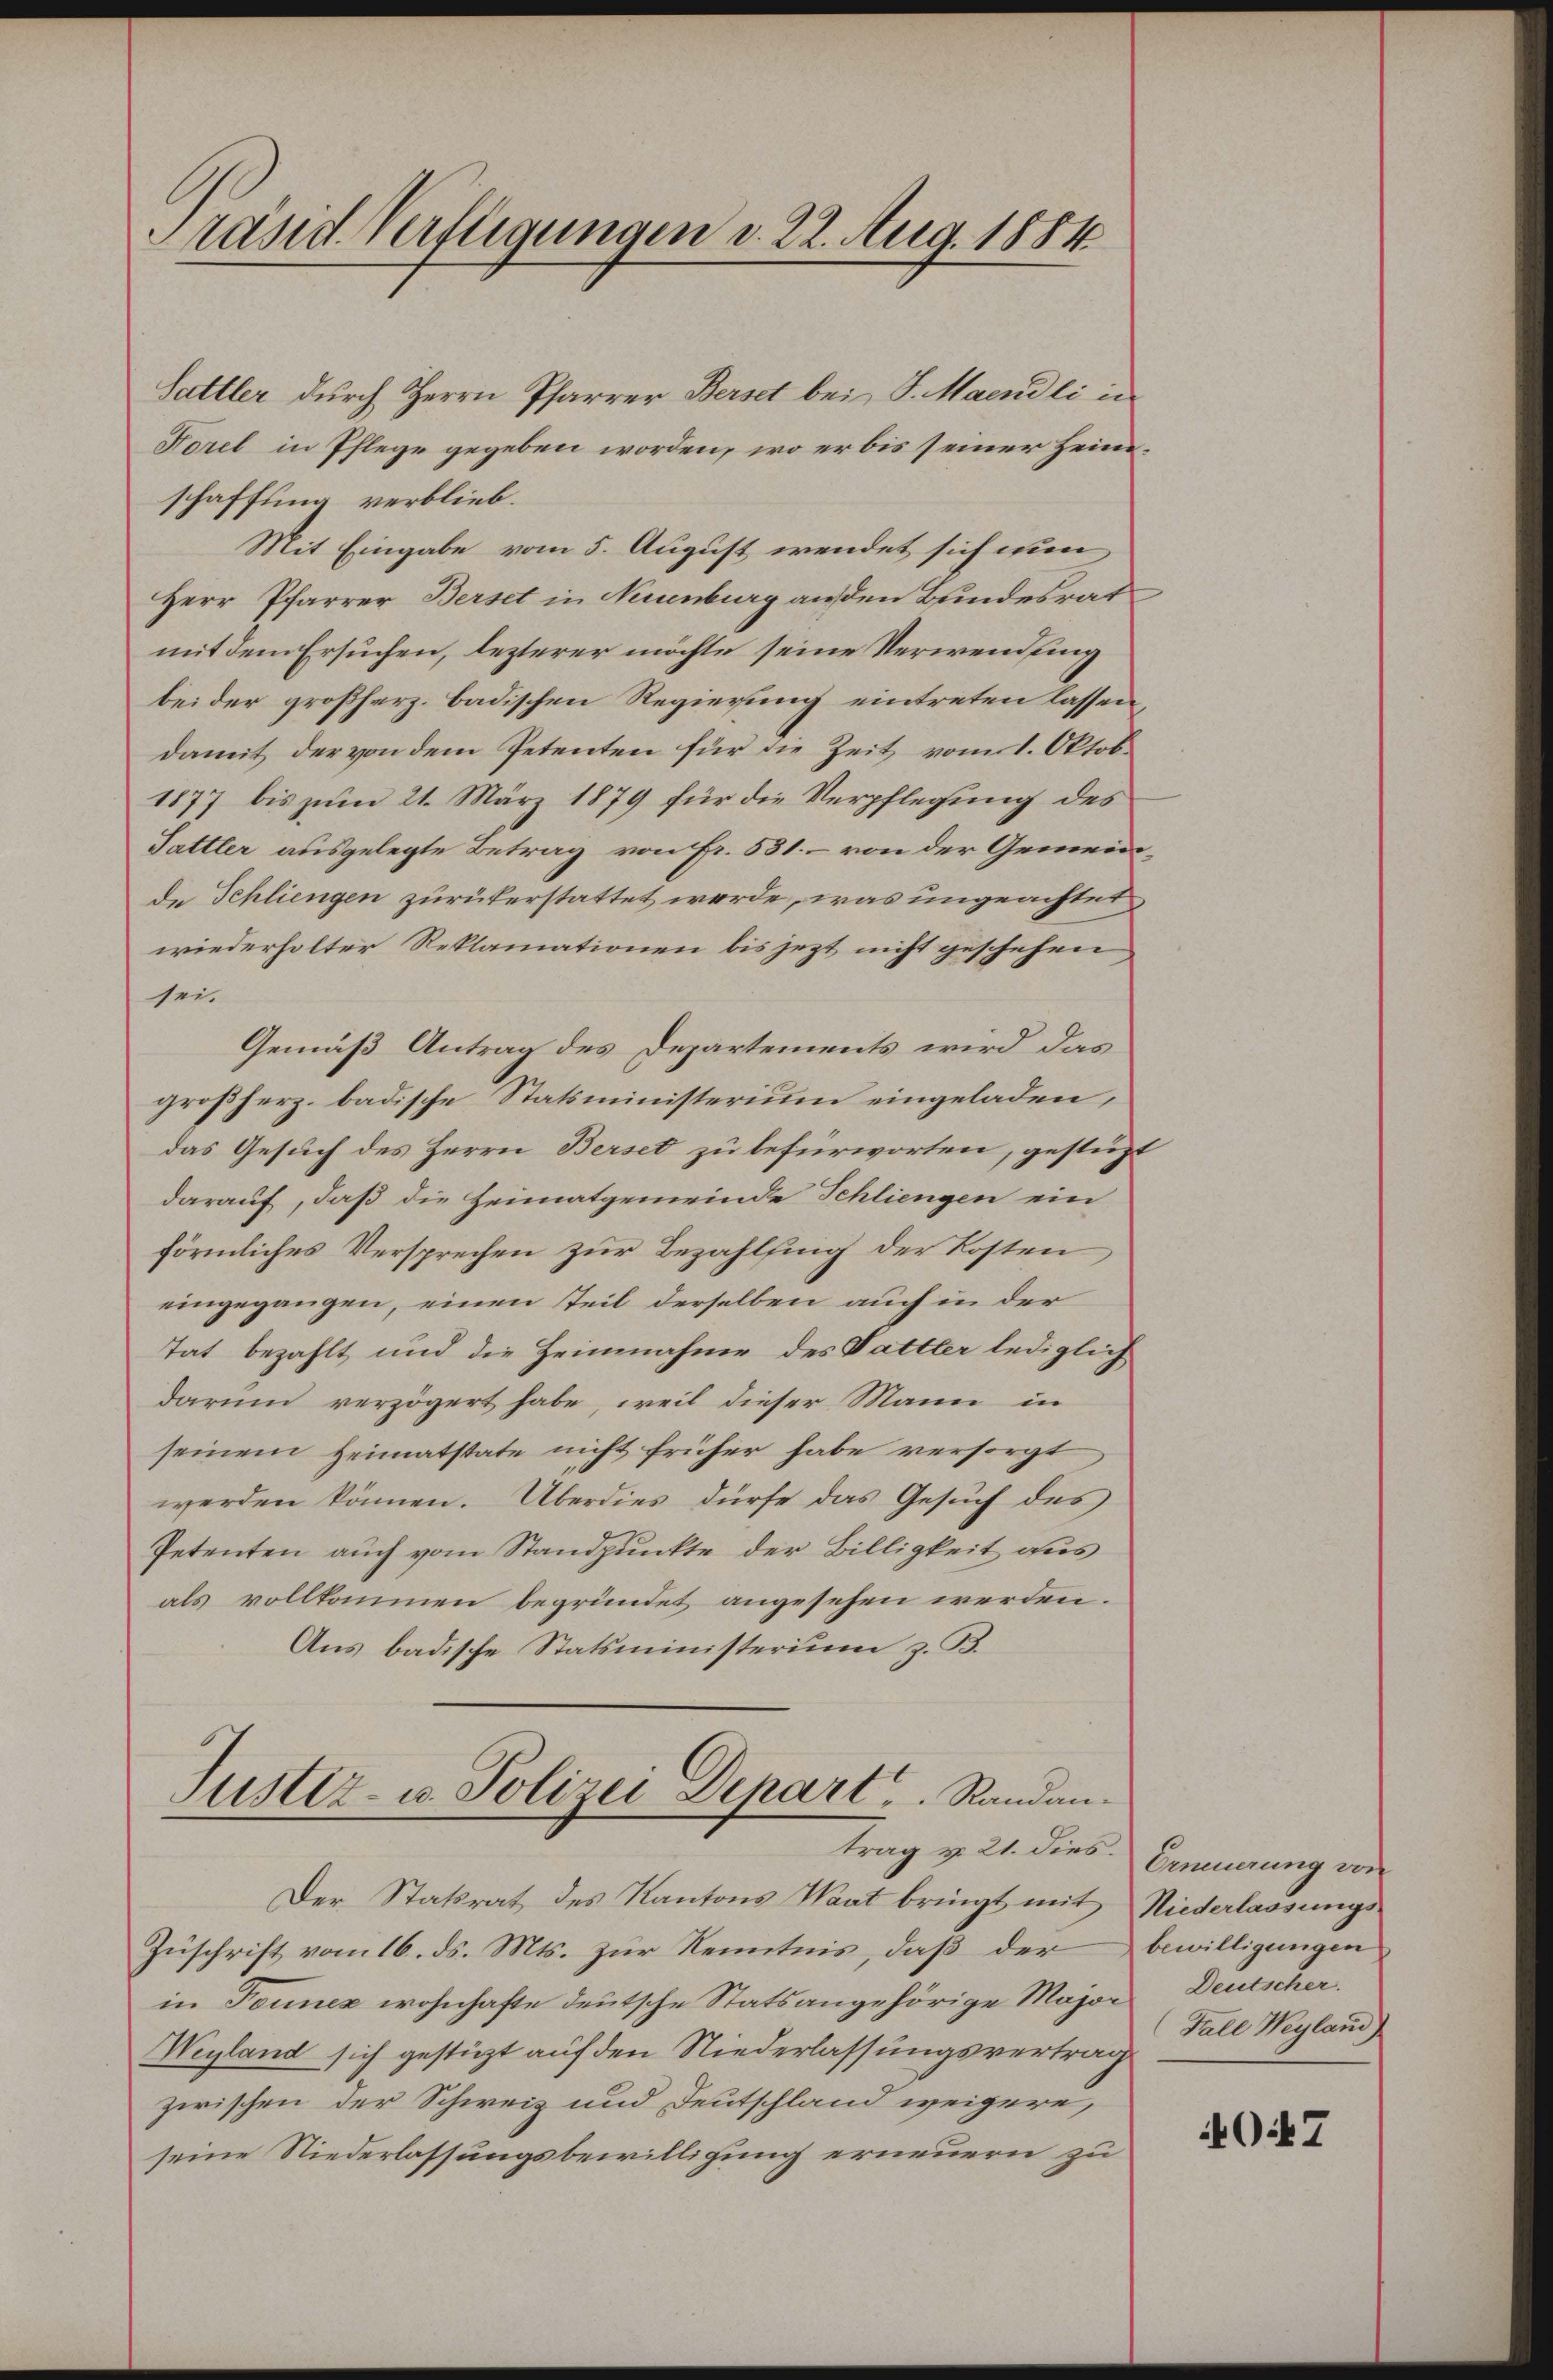
Präsid Verfügungen d. 22. Aug. 1884

Sattler durch Herrn Pfarrer Berset bei J. Maendli in
Forel in Pflege gegeben worden, wo er bis seiner Heimschaffung verblieb.
Mit Eingabe vom 5. August wendet sich nun
Herr Pfarrer Berset in Neuenburg anden Bundesrat
mit dem Ersuchen, lezterer möchte seine Verwendung
bei der großherz. badischen Regierung eintreten lassen,
damit der von dem Petenten für die Zeit vom 1. Oktob.
1877 bis zum 21. März 1879 für die Verpflegung des
Pattler ausgelegte Betrag von Fr. 531. von der Gemeinde Schliengen zurükerstattet werde, was ungeachtet
wiederholter Reklamationen bis jezt nicht geschehen
sei.
Gemäß Antrag des Departements wird das
großherz. badische Statsministerium eingeladen,
das Gesuch des Herrn Berset zu befürworten, gestüzt
darauf, daß die Heimatgemeinde Schliengen ein
förmliches Versprechen zur Bezahlfing der Kosten,
eingegangen, einen Teil derselben auch in der
tat bezahlt und die Heimnahme des Sattler lediglich
darum verzögert habe, weil dieser Mann in
seinem Heimatstate nicht früher habe versorgt
werden können. Überdies dürfe das Gesuch des
Petenten auch vom Standpunkte der Billigkeit aus
als vollkommen begründet angesehen werden.
Aus badische Statsministerium z. B.

Justiz- u. Polizei Depart ..  Randantrag u. 21. dies.

Der Statrat des Kantons Waat bringt mit
Zuschrift vom 16. ds. Mts. zur Kenntnis, daß der
in Tonnex wohnhafte deutsche Stats angehörige Major Deutscher.
Wegland sich gestüzt auf den Niederlassungsvertrag
zwischen der Schweiz und Deutschland weigere,
seine Niederlassungsbewilligung erneuern zu

Erneuerung von
Niederlassungs-
bewilligungen
Fall Weyland

4047